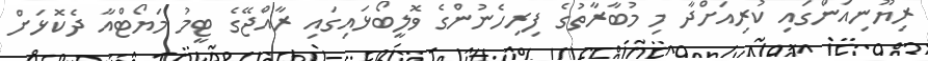
ރިޔޫނިއަންގައި ކުރިއަށްދާ މި މުބާރާތުގެ ފިރިހެނުންގެ ވޮލީބޯޅައިގައި ރާއްޖޭގެ ޓީމު މަޔޯޓްއާ ދެކޮޅަށް